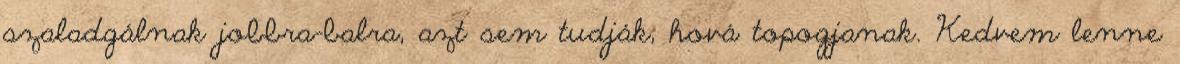
szaladgálnak jobbra-balra, azt sem tudják, hová topogjanak. Kedvem lenne